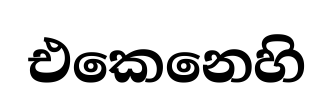
එකෙනෙහි